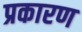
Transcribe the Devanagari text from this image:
प्रकारण